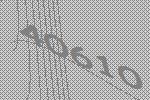
40610